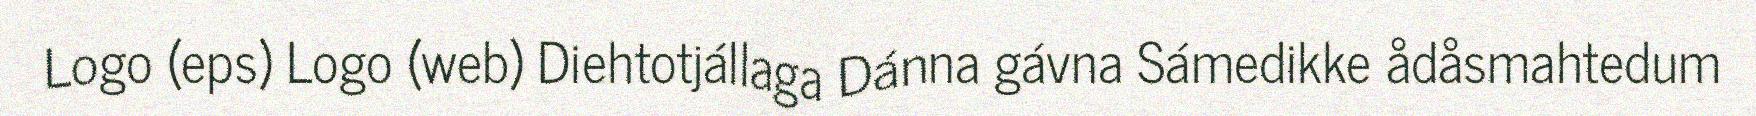
Logo (eps) Logo (web) Diehtotjállaga Dánna gávna Sámedikke ådåsmahtedum